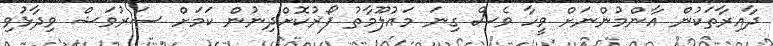
ދާއިރާތަކުން އާންމުންނަށް ވީހާ ވެސް ގިނަ މައުލޫމާތު ފޯރުކޮށްދިނުން ކަމަށް ސަރުވަޝް ވިދާޅުވި